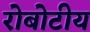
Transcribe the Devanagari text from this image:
रोबोटीय